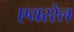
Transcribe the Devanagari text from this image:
एयररेल